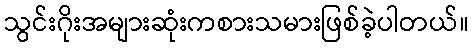
သွင်းဂိုးအများဆုံးကစားသမားဖြစ်ခဲ့ပါတယ်။